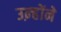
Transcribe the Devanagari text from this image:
उऩ्होंने